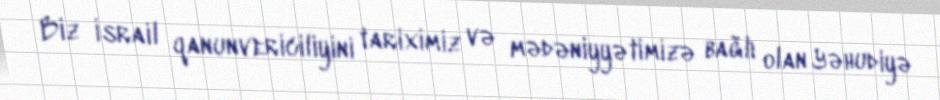
Biz İsrail qanunvericiliyini tariximiz və mədəniyyətimizə bağlı olan Yəhudiyə